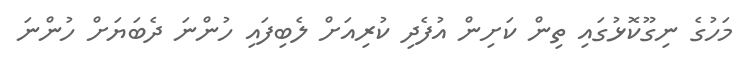
މަހުގެ ނިގޫކޮޅުގައި ތިން ކަށިން އުފެދި ކުރިއަށް ލެބިފައި ހުންނަ ދެބަޔަށް ހުންނަ